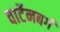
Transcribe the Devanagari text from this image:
वार्टेनबर्ग